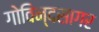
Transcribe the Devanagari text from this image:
गोविन्दसागर